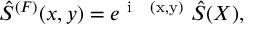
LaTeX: \hat { S } ^ { ( F ) } ( x , y ) = e ^ { \mathrm { \normalsize ~ i ~ \Phi ~ ( x , y ) ~ } } \hat { S } ( X ) ,